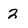
Character: 2